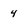
Character: 4